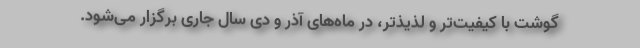
گوشت با کیفیت‌تر و لذیذتر، در ماه‌های آذر و دی سال جاری برگزار می‌شود.